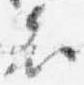
者